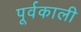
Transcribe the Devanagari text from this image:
पूर्वकाली